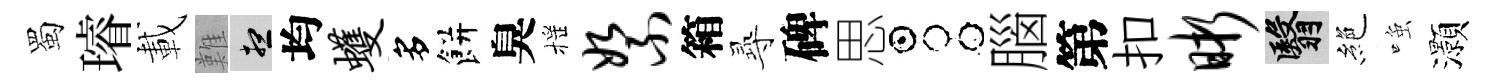
蜀璿載難想均蠖多餅臭摇絮箱𡬶碑思占腦第扣晰翳絶𫪻灝